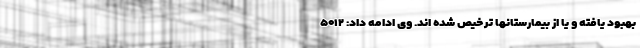
بهبود یافته و یا از بیمارستانها ترخیص شده اند. وی ادامه داد: ۵۰۱۲